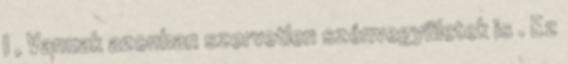
I , Vannak azonban szervetlen szénvegyületek is . Ez